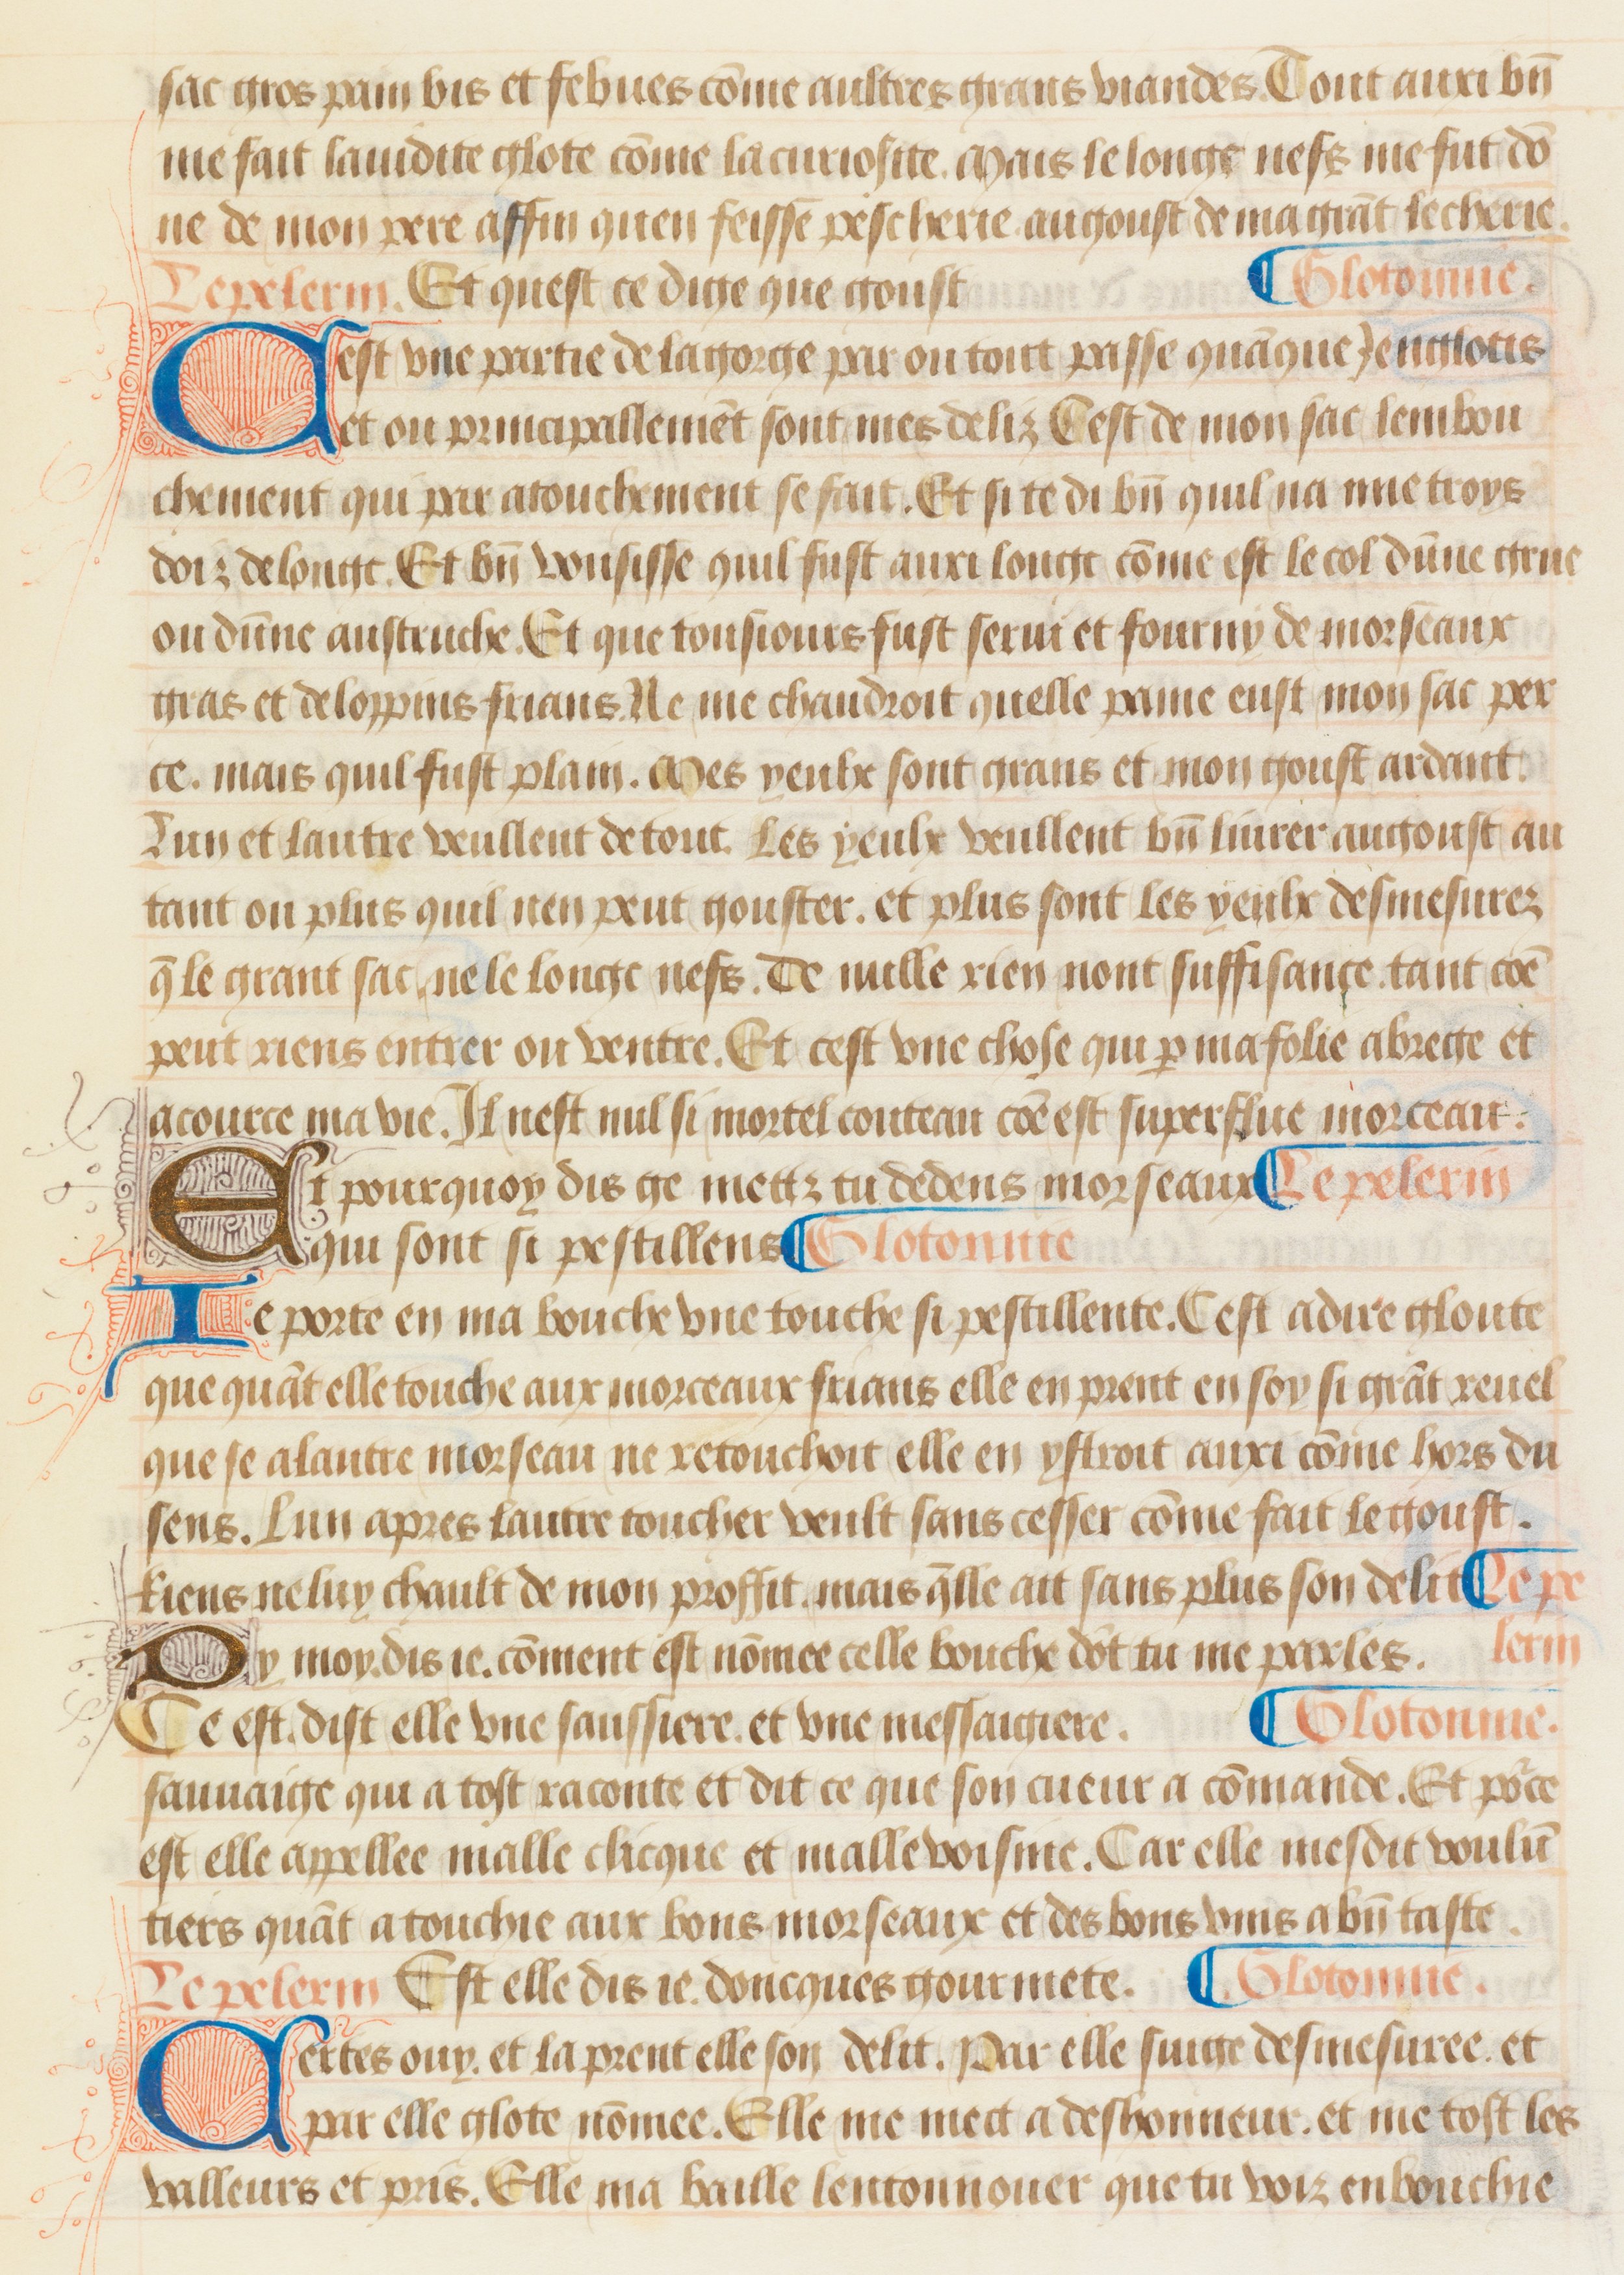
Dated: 1475–1499